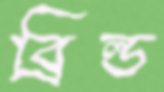
ব্রিল্ড